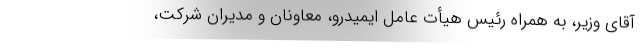
آقای وزیر، به همراه رئیس هیأت عامل ایمیدرو، معاونان و مدیران شرکت،